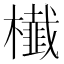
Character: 㰇